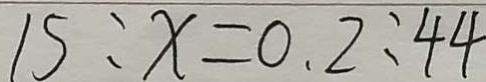
1 5 : x = 0 . 2 : 4 4